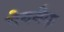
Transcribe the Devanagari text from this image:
वेबनैक